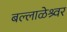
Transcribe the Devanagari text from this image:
बल्लाळेश्र्वर